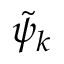
\tilde { \psi } _ { k }